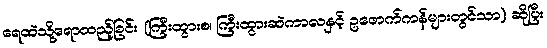
ရေထဲသို့ရောထည့်ခြင်း (ကြီးထွားစ၊ ကြီးထွားဆဲကာလနှင့် ဥဖောက်ကန်များတွင်သာ) ဆိုပြီး